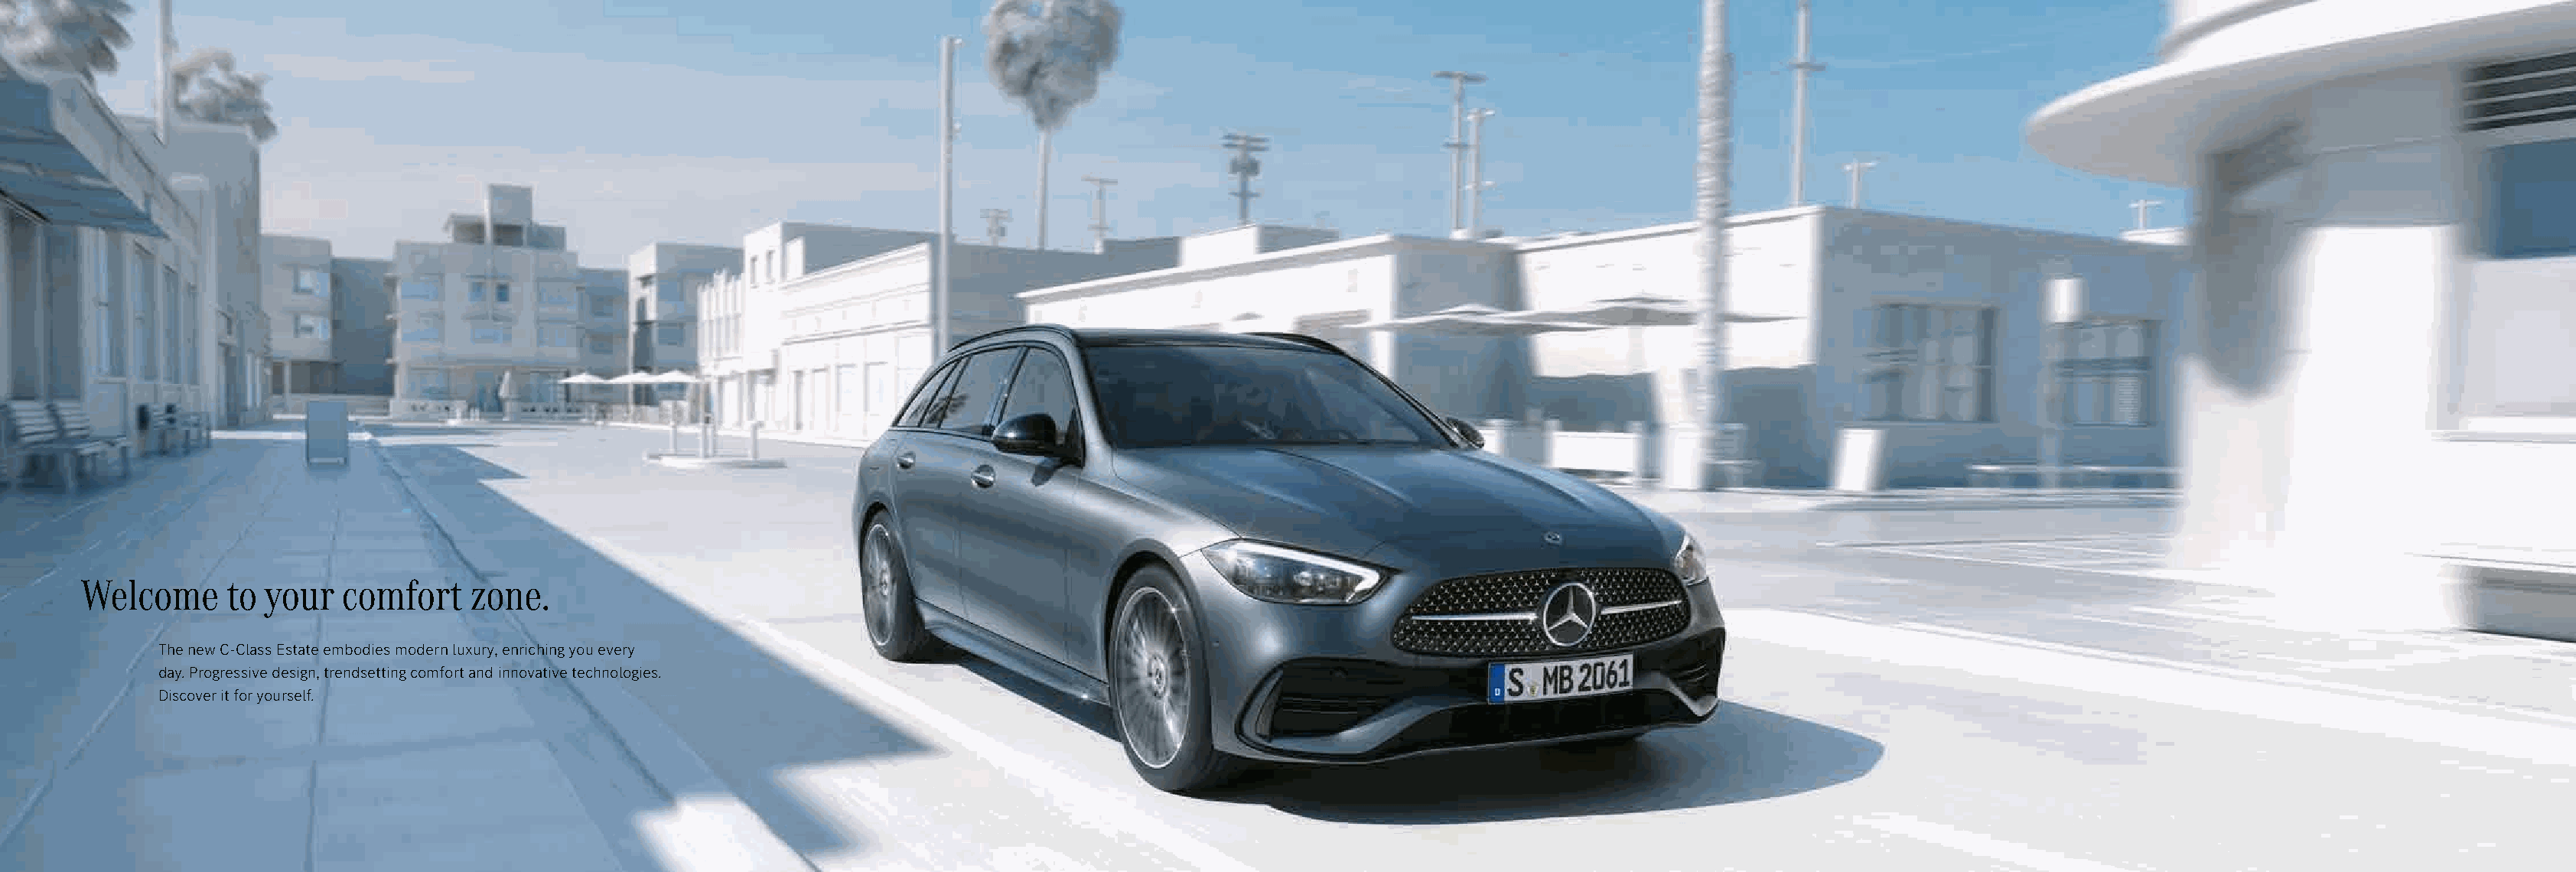
Welcome      to your   comfort    zone.
 The new C-Class Estate embodies modern luxury, enriching you every
 day. Progressive design, trendsetting comfort and innovative technologies.
 Discover it for yourself.